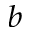
^ { b }